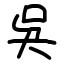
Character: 吳